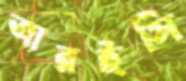
আরইসি